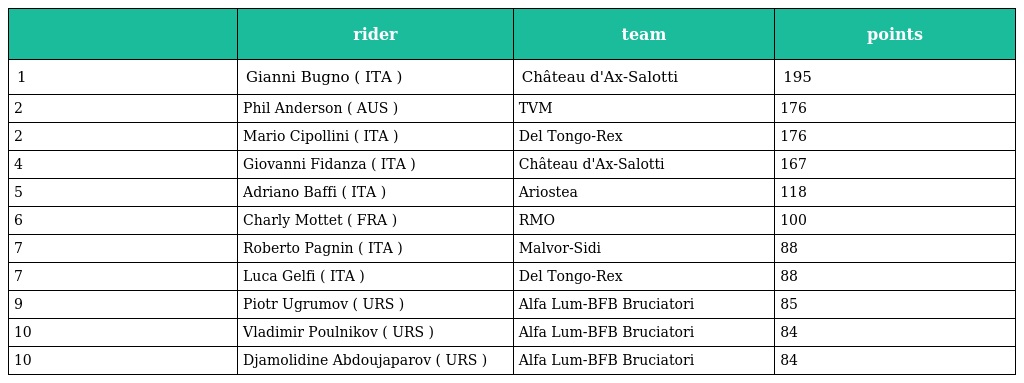
|  | rider | team | points |
 | --- | --- | --- | --- |
 | 1 | Gianni Bugno ( ITA ) | Château d'Ax-Salotti | 195 |
 | 2 | Phil Anderson ( AUS ) | TVM | 176 |
 | 2 | Mario Cipollini ( ITA ) | Del Tongo-Rex | 176 |
 | 4 | Giovanni Fidanza ( ITA ) | Château d'Ax-Salotti | 167 |
 | 5 | Adriano Baffi ( ITA ) | Ariostea | 118 |
 | 6 | Charly Mottet ( FRA ) | RMO | 100 |
 | 7 | Roberto Pagnin ( ITA ) | Malvor-Sidi | 88 |
 | 7 | Luca Gelfi ( ITA ) | Del Tongo-Rex | 88 |
 | 9 | Piotr Ugrumov ( URS ) | Alfa Lum-BFB Bruciatori | 85 |
 | 10 | Vladimir Poulnikov ( URS ) | Alfa Lum-BFB Bruciatori | 84 |
 | 10 | Djamolidine Abdoujaparov ( URS ) | Alfa Lum-BFB Bruciatori | 84 |